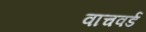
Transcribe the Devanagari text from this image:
वाचवर्ड